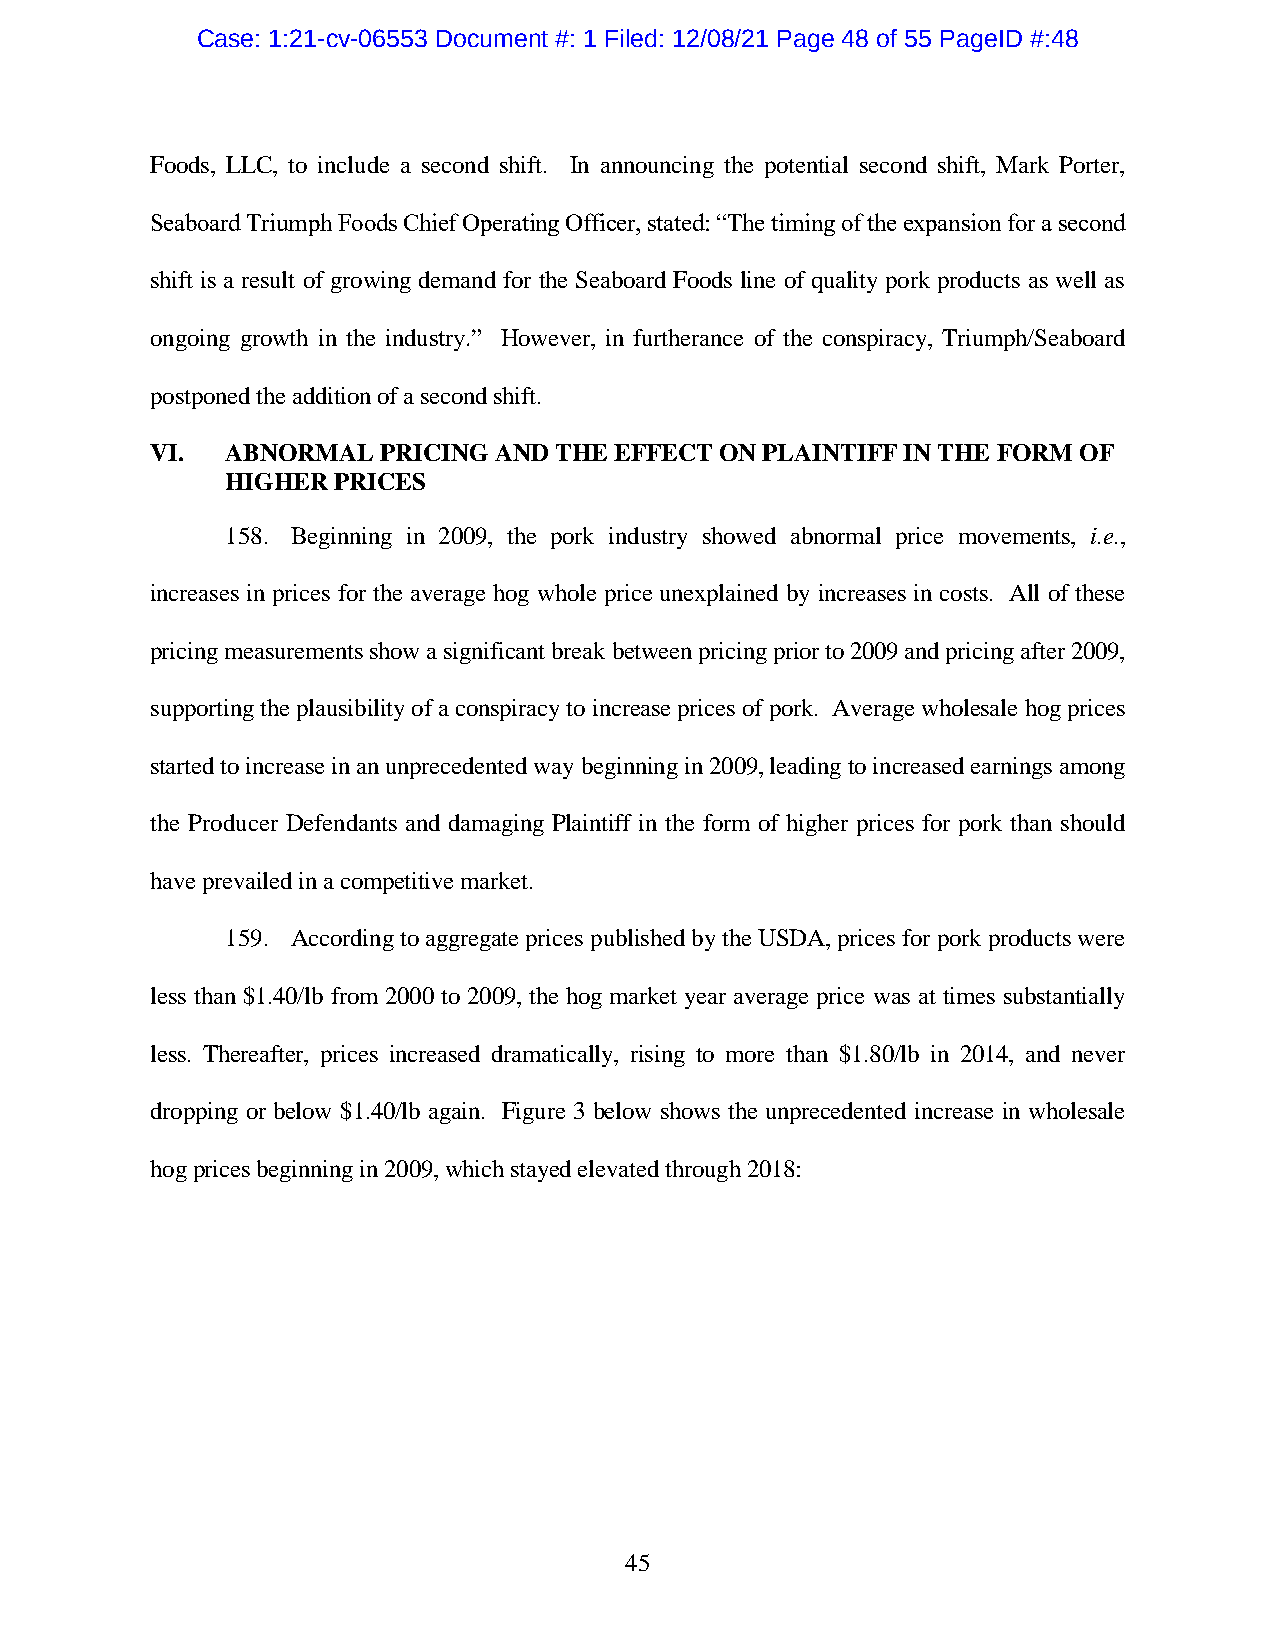
Case: 1:21-cv-06553 Document #: 1 Filed: 12/08/21 Page 48 of 55 PageID #:48
 Foods, LLC, to include a second shift. In announcing the potential second shift, Mark Porter,
 Seaboard Triumph Foods Chief Operating Officer, stated: “The timing of the expansion for a second
 shift is a result of growing demand for the Seaboard Foods line of quality pork products as well as
 ongoing growth in the industry.” However, in furtherance of the conspiracy, Triumph/Seaboard
 postponed the addition of a second shift.
 VI.  ABNORMAL  PRICING AND THE EFFECT ON PLAINTIFF IN THE FORM OF
 HIGHER PRICES
 158. Beginning in 2009, the pork industry showed abnormal price movements, i.e.,
 increases in prices for the average hog whole price unexplained by increases in costs. All of these
 pricing measurements show a significant break between pricing prior to 2009 and pricing after 2009,
 supporting the plausibility of a conspiracy to increase prices of pork. Average wholesale hog prices
 started to increase in an unprecedented way beginning in 2009, leading to increased earnings among
 the Producer Defendants and damaging Plaintiff in the form of higher prices for pork than should
 have prevailed in a competitive market.
 159. According to aggregate prices published by the USDA, prices for pork products were
 less than $1.40/lb from 2000 to 2009, the hog market year average price was at times substantially
 less. Thereafter, prices increased dramatically, rising to more than $1.80/lb in 2014, and never
 dropping or below $1.40/lb again. Figure 3 below shows the unprecedented increase in wholesale
 hog prices beginning in 2009, which stayed elevated through 2018:
 45